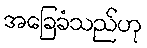
အခြေခံသည်ဟု